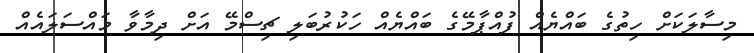
މިސާލަކަށް ހިތުގެ ބައްޔެއް ފުއްޕާމޭގެ ބައްޔެއް ހަކުރުބަލި ޗިސްމޭ އަށް ދިމާވާ މައްސަލައެއް